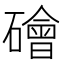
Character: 𥖩